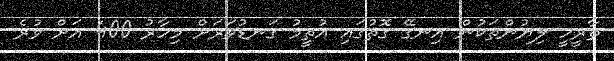
ތާރީހީ ލިޔުންތަކުން އިނގޭ ގޮތުގައި އުތީމު ގަނޑުވަރަށް މިހާރު 400 އަށް ވުރެ